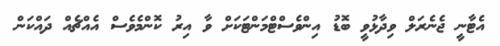
އެޓާނީ ޖެނެރަލް ވިދާޅުވީ ބޮޑު އިންވެސްޓްމަންޓަކަށް ވާ އިރު ކޮންމެވެސް އެއްޗެއް ދައްކަން